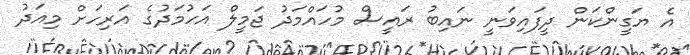
އެ ޔަގީންކަން ދީފައިވަނީ ނައިބު ރައީސް މުހައްމަދު ޖަމީލް އަހުމަދުގެ އަރިހަށް މިއަދު